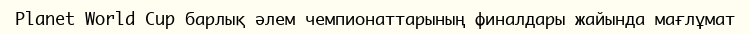
Planet World Cup барлық әлем чемпионаттарының финалдары жайында мағлұмат